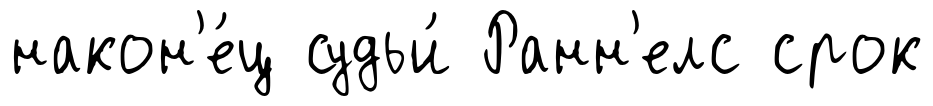
након'е́ц судьи́ Ранн'елс срок